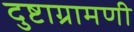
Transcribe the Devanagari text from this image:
दुष्टाग्रामणी